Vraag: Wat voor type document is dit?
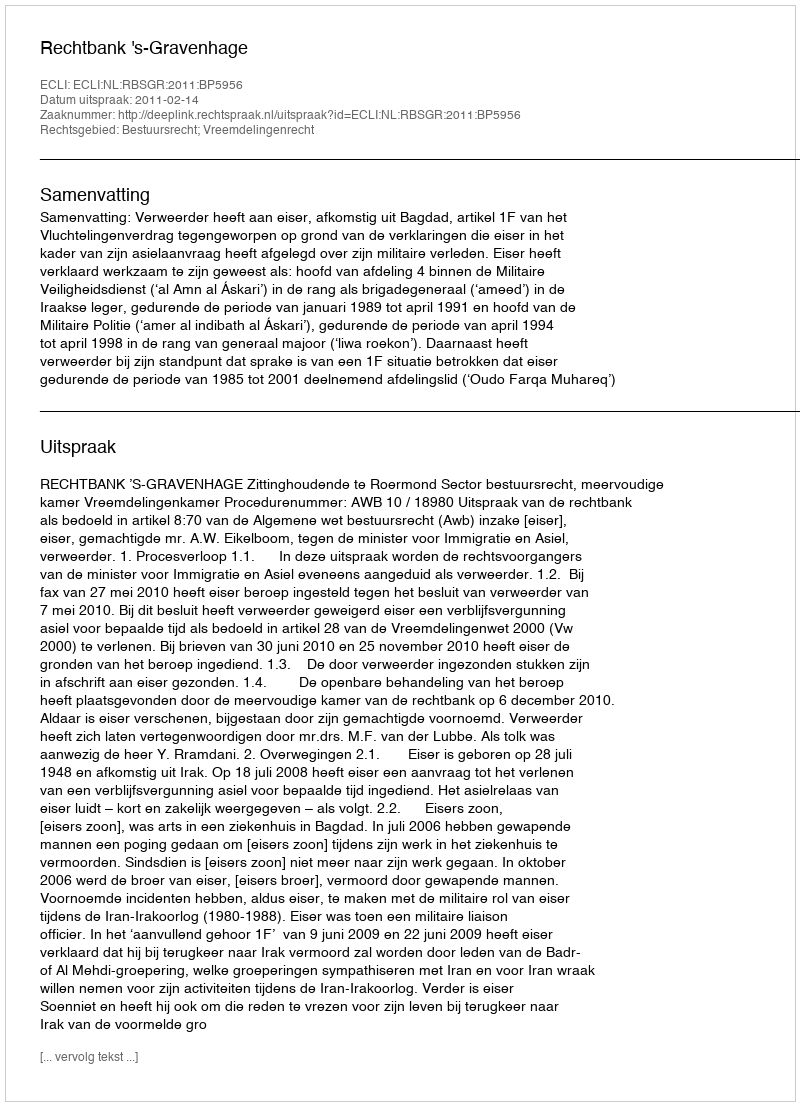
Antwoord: Uitspraak